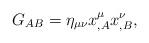
LaTeX: \begin{align*}G_{AB}=\eta_{\mu\nu}x^\mu_{,A}x^\nu_{,B},\end{align*}